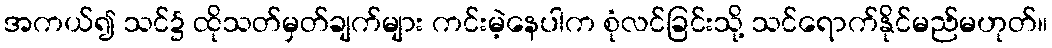
အကယ်၍ သင်၌ ထိုသတ်မှတ်ချက်များ ကင်းမဲ့နေပါက စုံလင်ခြင်းသို့ သင်ရောက်နိုင်မည်မဟုတ်။